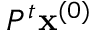
P ^ { t } \mathbf { x } ^ { ( 0 ) }